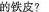
的铁皮?